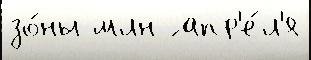
зо́ны млн ́ апр'е́л'я